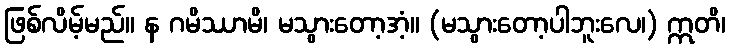
ဖြစ်လိမ့်မည်။ န ဂမိဿာမိ၊ မသွားတော့အံ့။ (မသွားတော့ပါဘူးလေ၊) ဣတိ၊